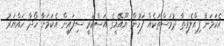
އެކަމަނާ ފިއްލެވިތާ ދުވަސްތަކެއް ފަހުން ޔޫއޭއީގެ އަސްކަރީ ސިފައިން އެކަމަނާ ހޯދާ ހައްޔަރު